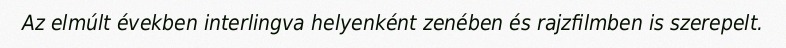
Az elmúlt években interlingva helyenként zenében és rajzfilmben is szerepelt.